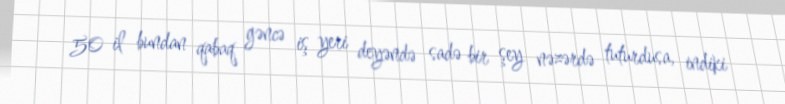
50 il bundan qabaq gəncə iş yeri deyəndə sadə bir şey nəzərdə tuturdusa, indiki